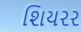
શિયરર